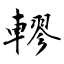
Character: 轇